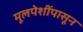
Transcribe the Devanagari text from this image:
मूलपेशींपासून